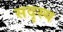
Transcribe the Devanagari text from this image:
सदृस्य